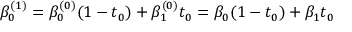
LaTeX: \beta _ { 0 } ^ { ( 1 ) } = \beta _ { 0 } ^ { ( 0 ) } ( 1 - t _ { 0 } ) + \beta _ { 1 } ^ { ( 0 ) } t _ { 0 } = \beta _ { 0 } ( 1 - t _ { 0 } ) + \beta _ { 1 } t _ { 0 }